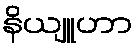
နိယျူဟာ